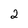
Character: 2